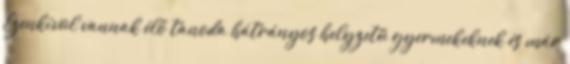
Ezenkívül vannak élő tanoda hátrányos helyzetű gyermekeknek és már